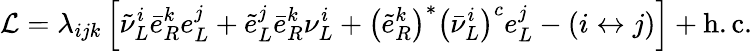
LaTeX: {\cal L}=\lambda_{ijk}\left[\tilde{\nu}_{L}^{i}\bar{e}_{R}^{k}e_{L}^{j}+\tilde{e}_{L}^{j}\bar{e}_{R}^{k}\nu_{L}^{i}+\left(\tilde{e}_{R}^{k}\right)^{*}\left(\bar{\nu}_{L}^{i}\right)^{c}e_{L}^{j}-(i\leftrightarrow j)\right]+\mathrm{h.c.}